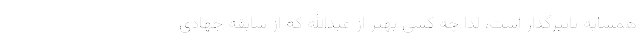
همسایه تاثیرگذار است، لذا چه کسی بهتر از عبدالله که از سابقه جهادی